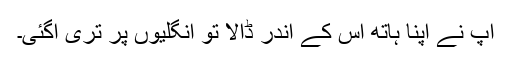
آپ نے اپنا ہاتھ اس کے اندر ڈالا تو انگلیوں پر تری آگئی۔